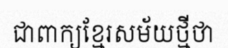
ជាពាក្យខ្មែរសម័យថ្មីថា